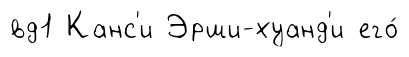
вд1 Канс'и Эрши-хуанд'и его́